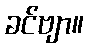
ခင်ဗျာ။